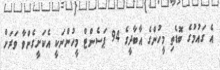
އެ ގައުމުގެ ބޮޑެތި މީހުންގެ އާބާދީގެ 94 ޕަސެންޓް މީހުންނަކީ އެކަށީގެންވާ ވަރަށް